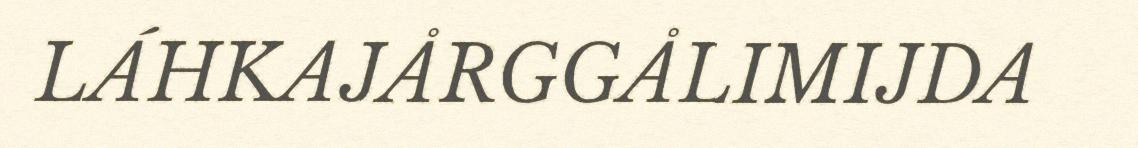
LÁHKAJÅRGGÅLIMIJDA